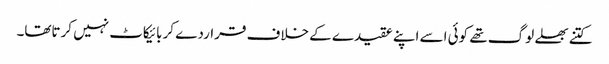
کتنے بھلے لوگ تھے کوئی اسے اپنے عقیدے کے خلاف قراردے کر بائیکاٹ نہیں کرتاتھا۔